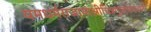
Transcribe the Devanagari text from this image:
यमधर्मराजायाश्रीचित्रगुप्तभगवान